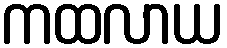
ကထလာယ